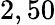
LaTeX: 2,50